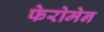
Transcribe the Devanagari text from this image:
फेरोमेन